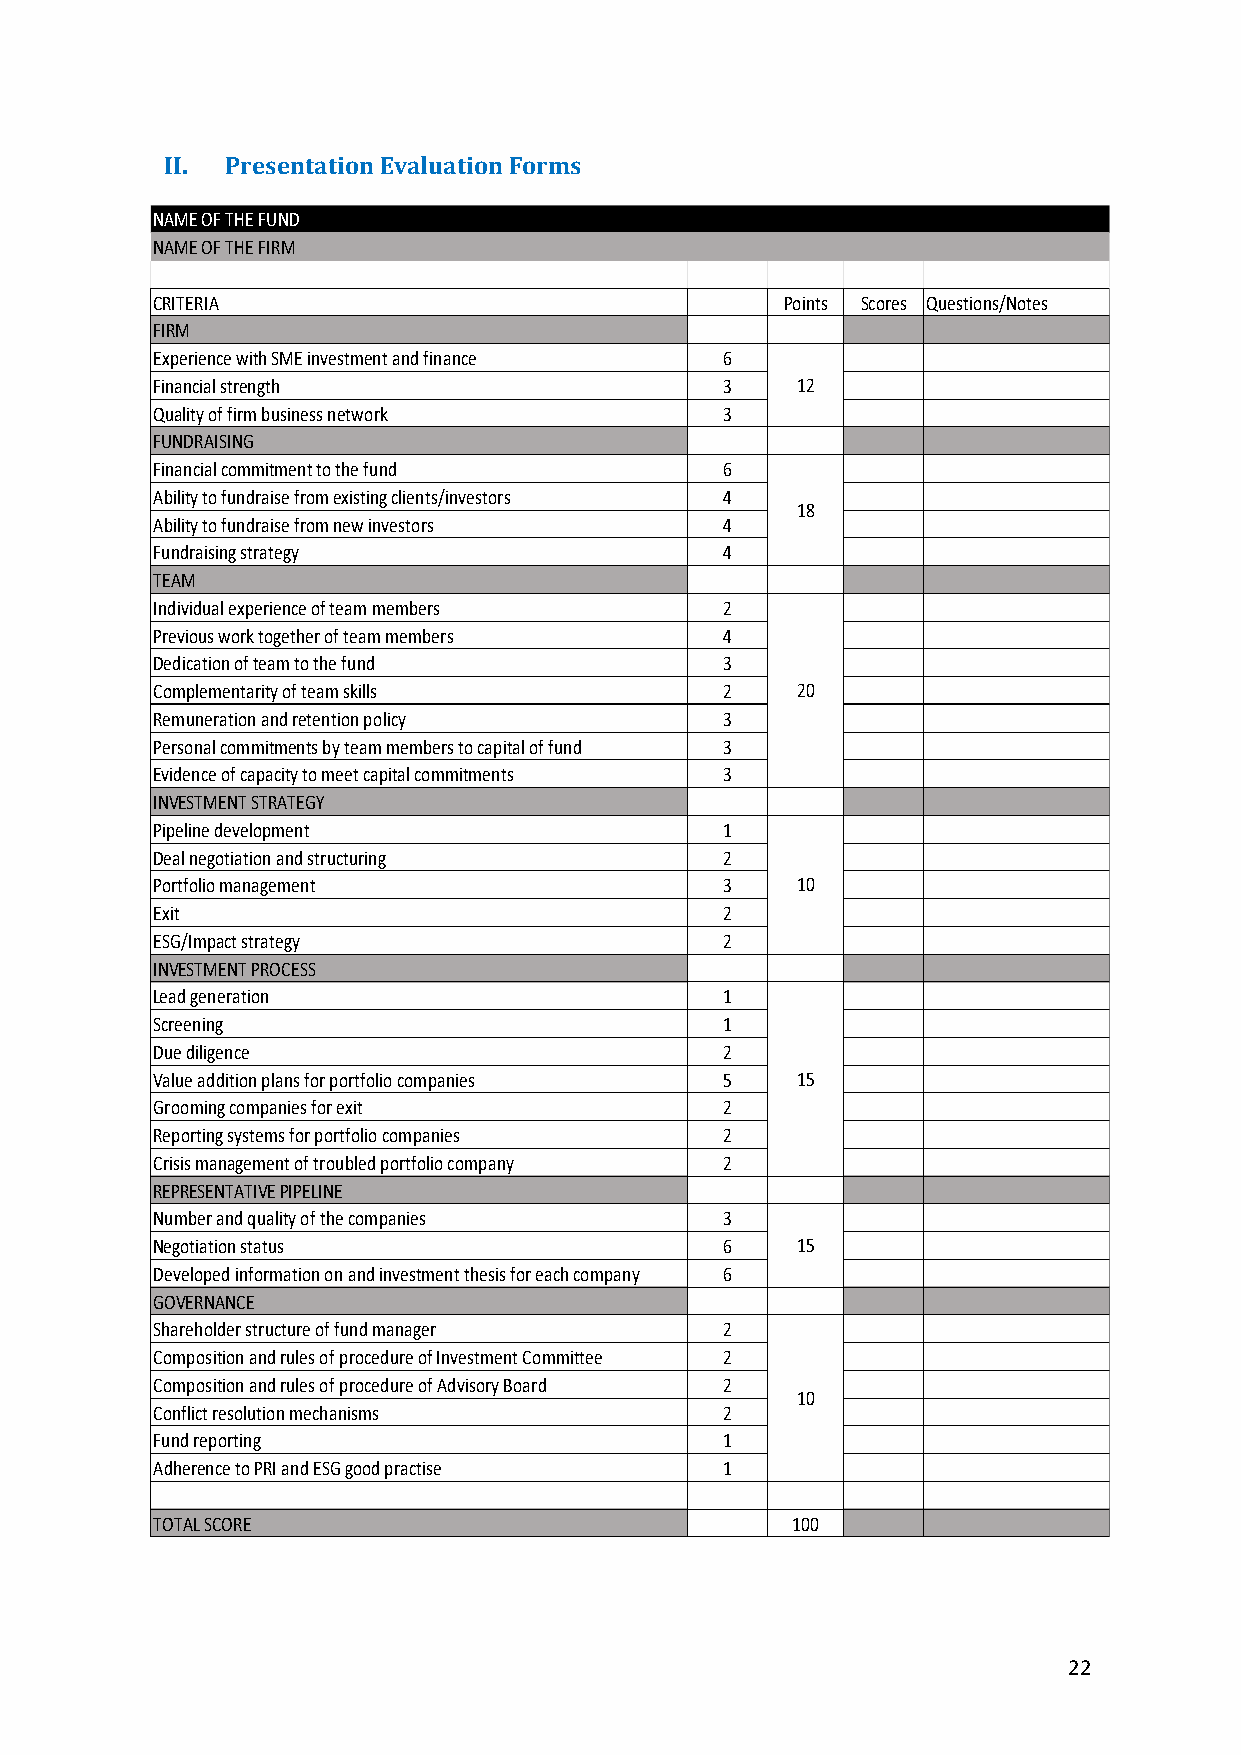
II. Presentation Evaluation Forms
 NAME OF THE FUND
 NAME OF THE FIRM
 CRITERIA                                  Points Scores Questions/Notes
 FIRM
 Experience with SME investment and finance 6
 Financial strength                    3    12
 Quality of firm business network      3
 FUNDRAISING
 Financial commitment to the fund      6
 Ability to fundraise from existing clients/investors 4
 18
 Ability to fundraise from new investors 4
 Fundraising strategy                  4
 TEAM
 Individual experience of team members 2
 Previous work together of team members 4
 Dedication of team to the fund        3
 Complementarity of team skills        2    20
 Remuneration and retention policy     3
 Personal commitments by team members to capital of fund 3
 Evidence of capacity to meet capital commitments 3
 INVESTMENT STRATEGY
 Pipeline development                  1
 Deal negotiation and structuring      2
 Portfolio management                  3    10
 Exit                                  2
 ESG/Impact strategy                   2
 INVESTMENT PROCESS
 Lead generation                       1
 Screening                             1
 Due diligence                         2
 Value addition plans for portfolio companies 5 15
 Grooming companies for exit           2
 Reporting systems for portfolio companies 2
 Crisis management of troubled portfolio company 2
 REPRESENTATIVE PIPELINE
 Number and quality of the companies   3
 Negotiation status                    6    15
 Developed information on and investment thesis for each company 6
 GOVERNANCE
 Shareholder structure of fund manager 2
 Composition and rules of procedure of Investment Committee 2
 Composition and rules of procedure of Advisory Board 2
 10
 Conflict resolution mechanisms        2
 Fund reporting                        1
 Adherence to PRI and ESG good practise 1
 TOTAL SCORE                               100
 22